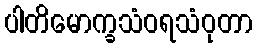
ပါတိမောက္ခသံဝရသံဝုတာ